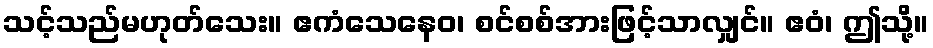
သင့်သည်မဟုတ်သေး။ ဧကံသေနေဝ၊ စင်စစ်အားဖြင့်သာလျှင်။ ဧဝံ၊ ဤသို့။